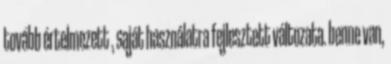
tovább értelmezett , saját használatra fejlesztett változata. benne van,